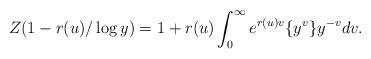
LaTeX: \begin{align*}Z(1-r(u)/\log y) =1+r(u) \int_{0}^{\infty} e^{r(u)v}\{y^v\}y^{-v} dv.\end{align*}